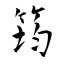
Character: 筠